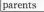
parents